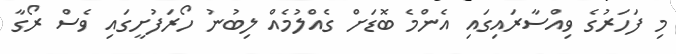
މި ފަހަރުގެ ވިއްސާރައިގައި އެންމެ ބޮޑަށް ގެއްލުމެއް ލިބުނު ހޯރަފުށީގައި ވެސް ރޯގާ